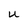
Character: U